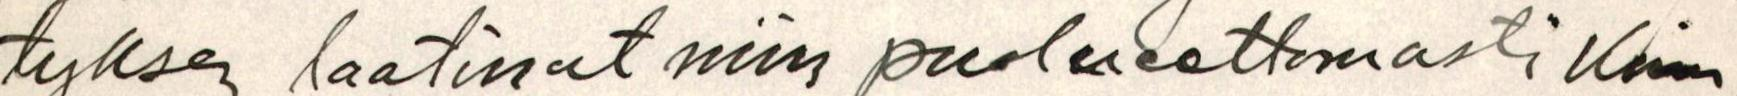
tyksen laatinut niin puolueettomasti Kuin